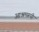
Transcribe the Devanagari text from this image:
आश्रमरूपी